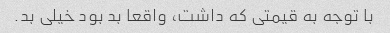
با توجه به قیمتی که داشت، واقعا بد بود خیلی بد.